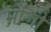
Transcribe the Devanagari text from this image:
मोंजी